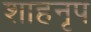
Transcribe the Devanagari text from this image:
शाहनृप